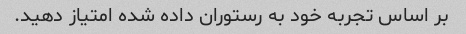
بر اساس تجربه خود به رستوران داده شده امتیاز دهید.